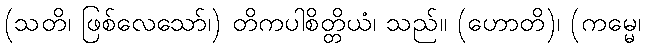
(သတိ၊ ဖြစ်လေသော်၊) တိကပါစိတ္တိယံ၊ သည်။ (ဟောတိ)၊ (ကမ္မေ၊